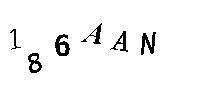
186AAN